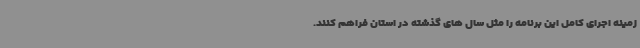
زمینه اجرای کامل این برنامه را مثل سال های گذشته در استان فراهم کنند.